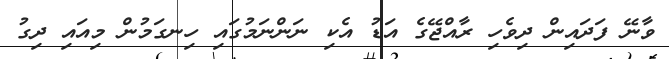
ވާނޭ ފަދައިން ދިވެހި ރާއްޖޭގެ އަޑު އެކި ނަންނަމުގައި ހިނގަމުން މިއައި ދިގު